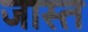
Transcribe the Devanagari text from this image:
जास्‍त्‍ा